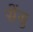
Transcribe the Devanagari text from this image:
सेंसु